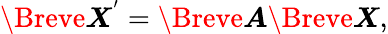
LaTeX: \Breve{\boldsymbol{X}^{'}}=\Breve{\boldsymbol{A}}\Breve{\boldsymbol{X}},